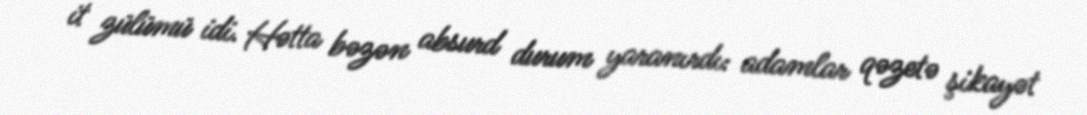
it zülümü idi. Hətta bəzən absurd durum yaranırdı: adamlar qəzetə şikayət